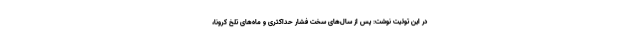
در این توئیت نوشت: پس از سال‌های سخت فشار حداکثری و ماه‌های تلخ کرونا،